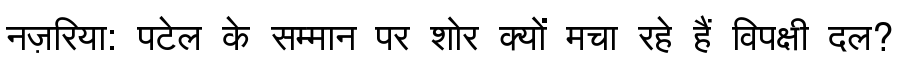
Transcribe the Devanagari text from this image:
नज़रिया: पटेल के सम्मान पर शोर क्यों मचा रहे हैं विपक्षी दल?